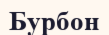
Бурбон